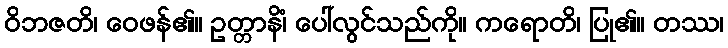
ဝိဘဇတိ၊ ဝေဖန်၏။ ဥတ္တာနိံ၊ ပေါ်လွင်သည်ကို။ ကရောတိ၊ ပြု၏။ တဿ၊